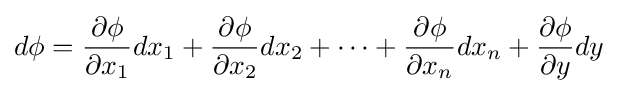
d\phi ={\frac {\partial \phi }{\partial x_{1}}}dx_{1}+{\frac {\partial \phi }{\partial x_{2}}}dx_{2}+\dots +{\frac {\partial \phi }{\partial x_{n}}}dx_{n}+{\frac {\partial \phi }{\partial y}}dy